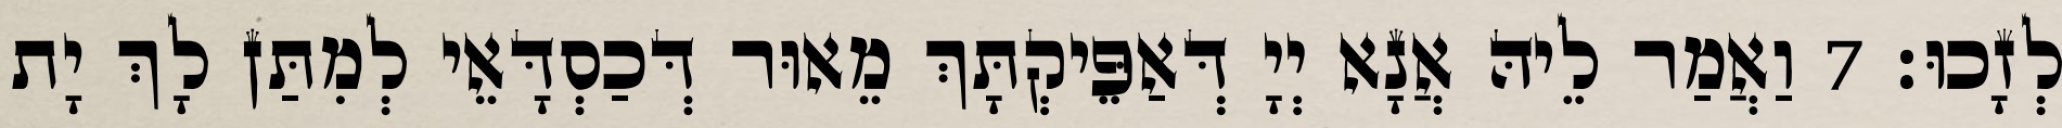
לְזָכוּ׃ 7 וַאֲמַר לֵיהּ אֲנָא יְיָ דְּאַפֵּיקְתָּךְ מֵאוּר דְּכַסְדָּאֵי לְמִתַּן לָךְ יָת